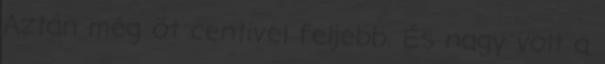
Aztán még öt centivel feljebb. És nagy volt a